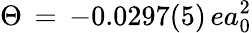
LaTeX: \Theta\, =\, -0.0297(5)\, ea_{0}^{2}